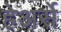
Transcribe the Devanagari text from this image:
हेअर्से